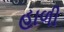
હાળી